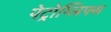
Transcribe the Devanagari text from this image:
पेट्रोग्लिफ्स